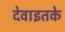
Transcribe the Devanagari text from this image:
देवाइतके